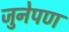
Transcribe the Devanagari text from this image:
जुनेपण